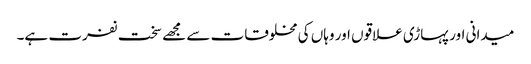
میدانی اور پہاڑی علاقوں اور وہاں کی مخلوقات سے مجھے سخت نفرت ہے۔